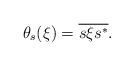
LaTeX: \begin{align*}\theta_s(\xi) = \overline{s\xi s^*}.\end{align*}